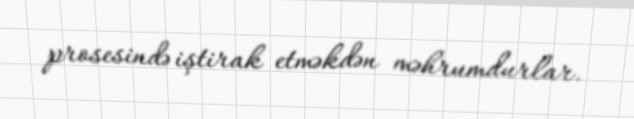
prosesində iştirak etməkdən məhrumdurlar.